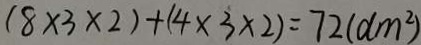
( 8 \times 3 \times 2 ) + ( 4 \times 3 \times 2 ) = 7 2 ( d m ^ { 2 } )